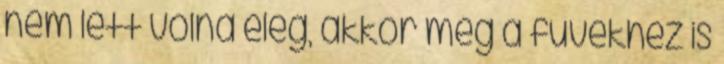
nem lett volna elég, akkor még a füvekhez is